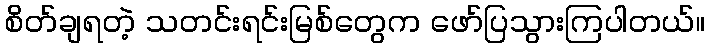
စိတ်ချရတဲ့ သတင်းရင်းမြစ်တွေက ဖော်ပြသွားကြပါတယ်။